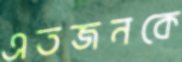
এতজনকে